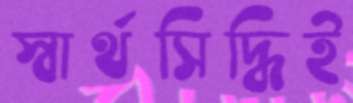
স্বার্থসিদ্ধিই